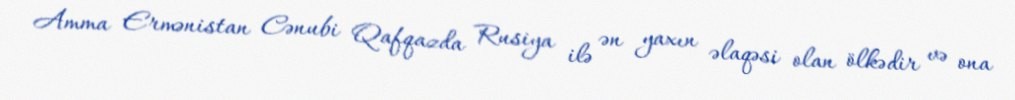
Amma Ermənistan Cənubi Qafqazda Rusiya ilə ən yaxın əlaqəsi olan ölkədir və ona